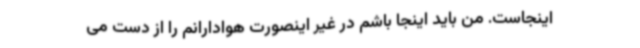
اینجاست. من باید اینجا باشم در غیر اینصورت هوادارانم را از دست می